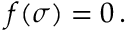
f ( { \boldsymbol { \sigma } } ) = 0 \, .